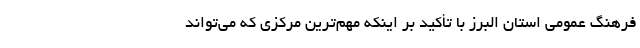
فرهنگ عمومی استان البرز با تأکید بر اینکه مهم‌ترین مرکزی که می‌تواند